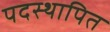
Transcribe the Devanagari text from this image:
पदस्‍थापित